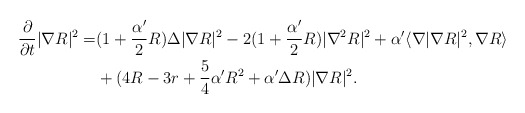
\begin{align*}\frac{\partial}{\partial t}|\nabla R|^2=&(1+\frac{\alpha'}{2}R)\Delta|\nabla R|^2-2(1+\frac{\alpha'}{2}R)|\nabla^2R|^2+\alpha'\langle\nabla|\nabla R|^2,\nabla R\rangle\\ &+(4R-3r+\frac{5}{4}\alpha'R^2+\alpha'\Delta R)|\nabla R|^2.\end{align*}